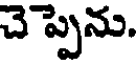
చె ప్పెను.